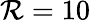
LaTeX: \mathcal{R}=10